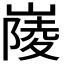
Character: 𡺿